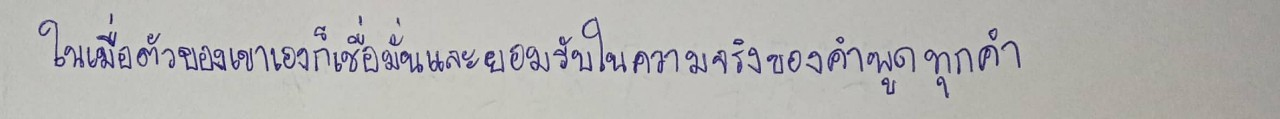
ในเมื่อตัวของเขาเองก็เชื่อมั่นและยอมรับในความจริงของคำพูดทุกคำ